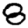
Digit: 8